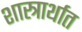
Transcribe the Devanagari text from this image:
शास्त्रार्थात